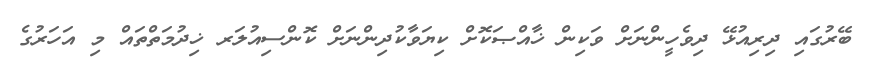
ބޭރުގައި ދިރިއުޅޭ ދިވެހީންނަށް ވަކިން ޚާއްޞަކޮށް ކިޔަވާކުދިންނަށް ކޮންސިއުލަރ ޚިދުމަތްތައް މި އަހަރުގެ